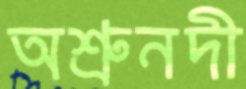
অশ্রুনদী